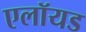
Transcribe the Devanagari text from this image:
एलॉयड